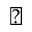
\diagdown